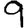
Digit: 9